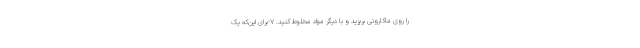
را روی ماکارونی بریزید و با دیگر مواد مخلوط کنید. ۷-برای این‌که یک